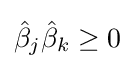
{\hat {\beta }}_{j}{\hat {\beta }}_{k}\geq 0